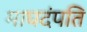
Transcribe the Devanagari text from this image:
माघदंपति